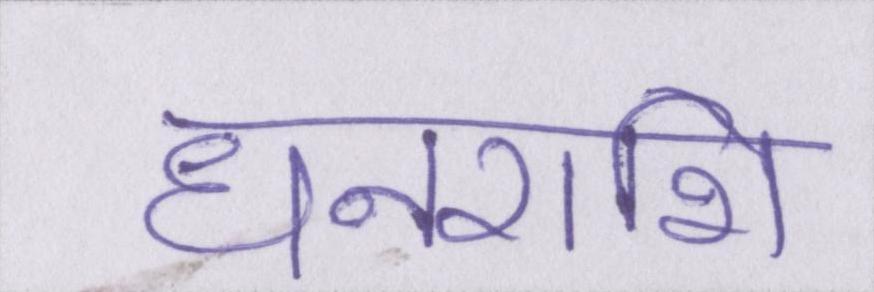
धनराशि